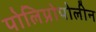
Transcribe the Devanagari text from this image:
पोलिप्रोपोलीन